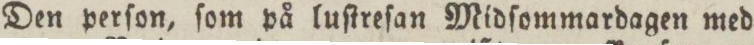
Den perſon, ſom på luſtreſan Midſommardagen med